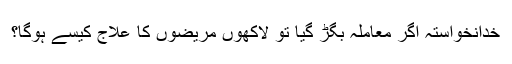
خدانخواستہ اگر معاملہ بگڑ گیا تو لاکھوں مریضوں کا علاج کیسے ہوگا؟